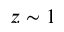
z \sim 1